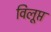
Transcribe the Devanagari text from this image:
विलूप्त